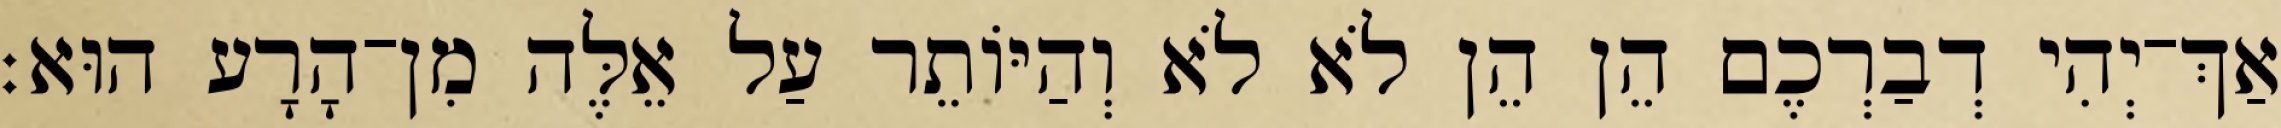
אַךְ־יְהִי דְבַרְכֶם הֵן הֵן לֹא לֹא וְהַיּוֹתֵר עַל אֵלֶּה מִן־הָרָע הוּא׃